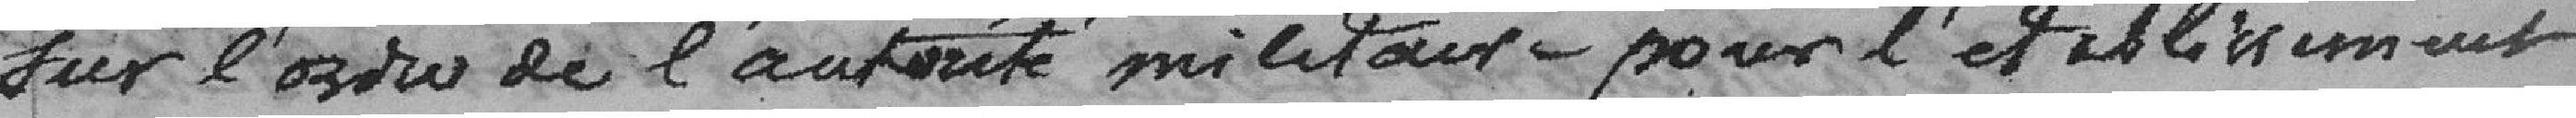
sur l'ordre de l'autorité militaire pour l'établissement